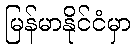
မြန်မာနိုင်ငံမှာ